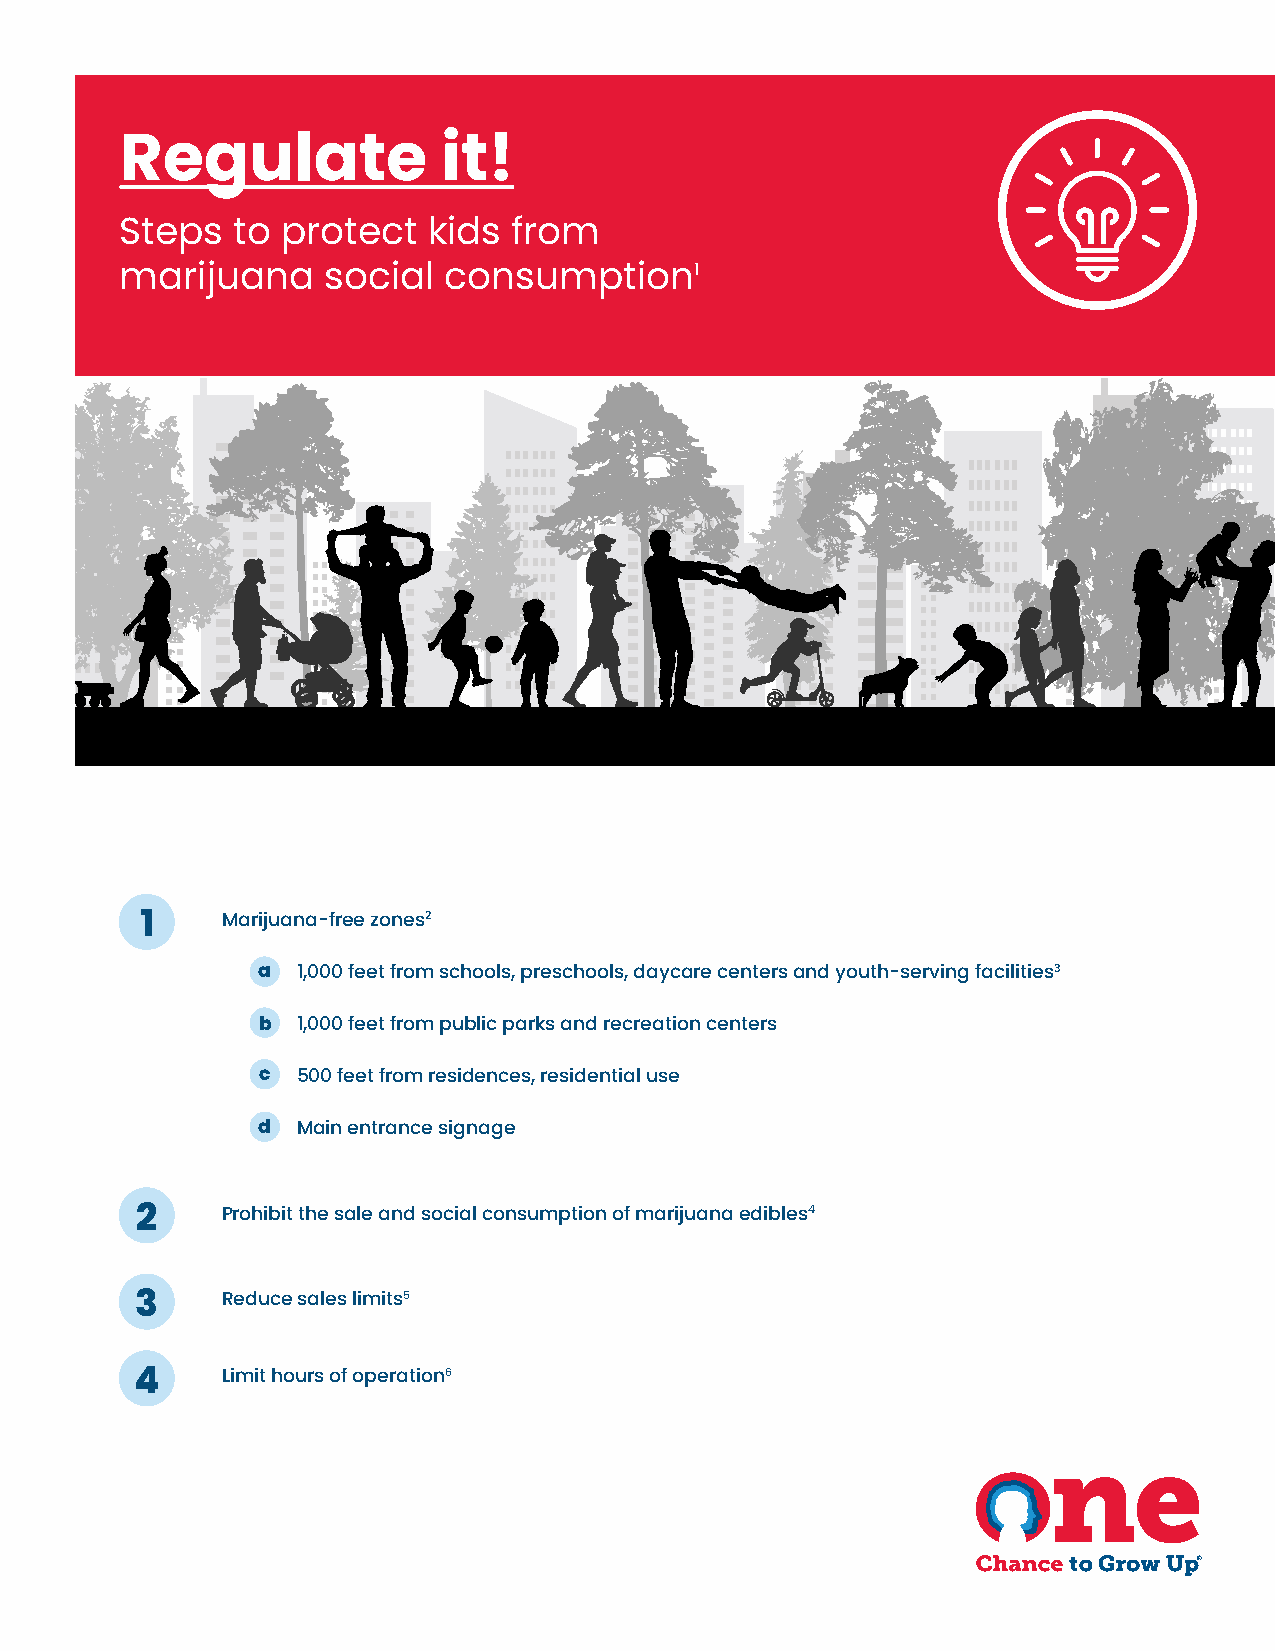
Regulate             it!
 Steps  to  protect  kids  from
 marijuana    social  consumption1
 1     Marijuana-free zones2
 a  1,000 feet from schools, preschools, daycare centers and youth-serving facilities3
 b  1,000 feet from public parks and recreation centers
 c  500 feet from residences, residential use
 d  Main entrance signage
 2     Prohibit the sale and social consumption of marijuana edibles4
 3     Reduce sales limits5
 4     Limit hours of operation6